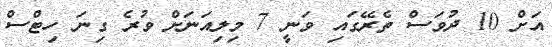
އަށް 10 ދުވަސް ތެރޭގައި ވަނީ 7 މިލިއަނަށް ވުރެ ގިނަ ހިޓްސް